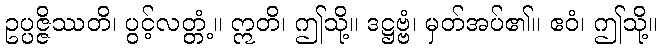
ဥပ္ပဇ္ဇိဿတိ၊ ပွင့်လတ္တံ့။ ဣတိ၊ ဤသို့။ ဒဋ္ဌဗ္ဗံ၊ မှတ်အပ်၏။ ဧဝံ၊ ဤသို့။